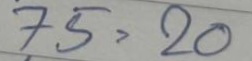
75 = 20